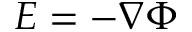
E = - \nabla \Phi